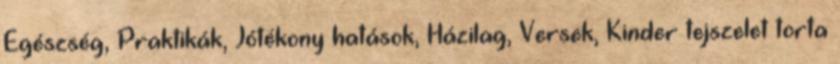
Egészség, Praktikák, Jótékony hatások, Házilag, Versek, Kinder tejszelet torta